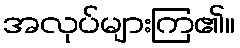
အလုပ်များကြ၏။